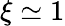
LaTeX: \xi\simeq 1